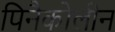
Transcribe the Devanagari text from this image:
पिनैकोलीन